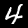
Digit: 4